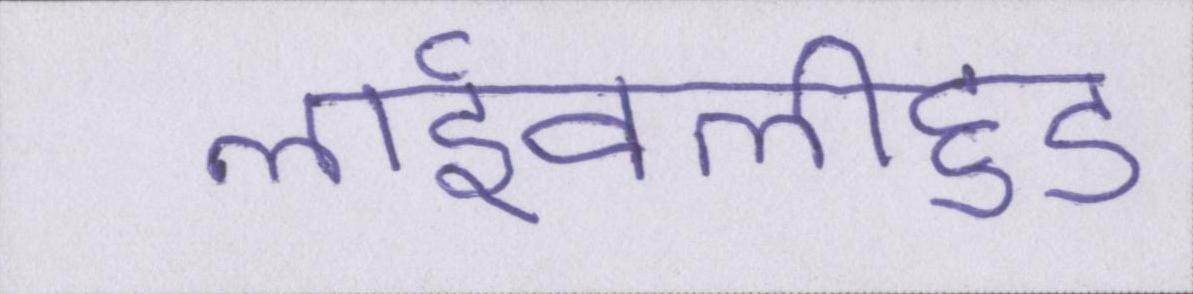
लाईवलीहुड